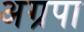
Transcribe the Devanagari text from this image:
अग्रपा